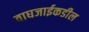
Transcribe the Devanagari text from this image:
वाघजाईकडील